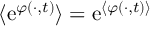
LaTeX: \langle \mathrm { e } ^ { \varphi ( \cdot , t ) } \rangle = \mathrm { e } ^ { \langle \varphi ( \cdot , t ) \rangle }